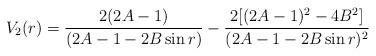
\begin{align*}V_2(r)=\frac{2(2A-1)}{(2A-1-2B\sin{r})}-\frac{2[(2A-1)^2-4B^2]}{(2A-1-2B\sin{r})^2}\end{align*}